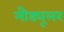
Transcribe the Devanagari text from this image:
मौड्यूलर